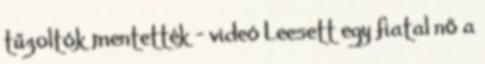
tűzoltók mentették - videó Leesett egy fiatal nő a